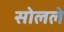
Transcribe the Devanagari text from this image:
सोलले